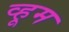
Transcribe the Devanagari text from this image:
व्हूम